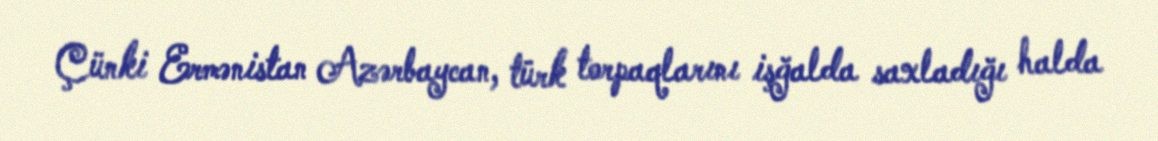
Çünki Ermənistan Azərbaycan, türk torpaqlarını işğalda saxladığı halda